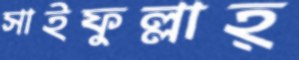
সাইফুল্লাহ্